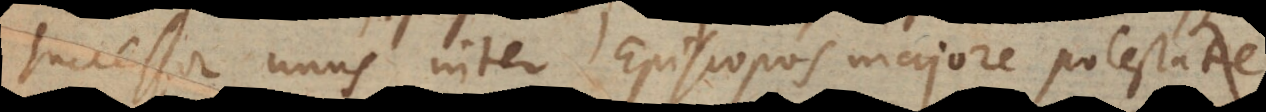
successor unus inter Episcopos majore potestat